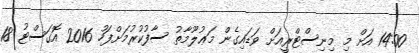
14:00 އަށް މި މިނިސްޓްރީއަށް ވަޑައިގެން މަޢުލޫމާތު ސާފުކުރުމަށްފަހު 2016 އޮގަސްޓު 18